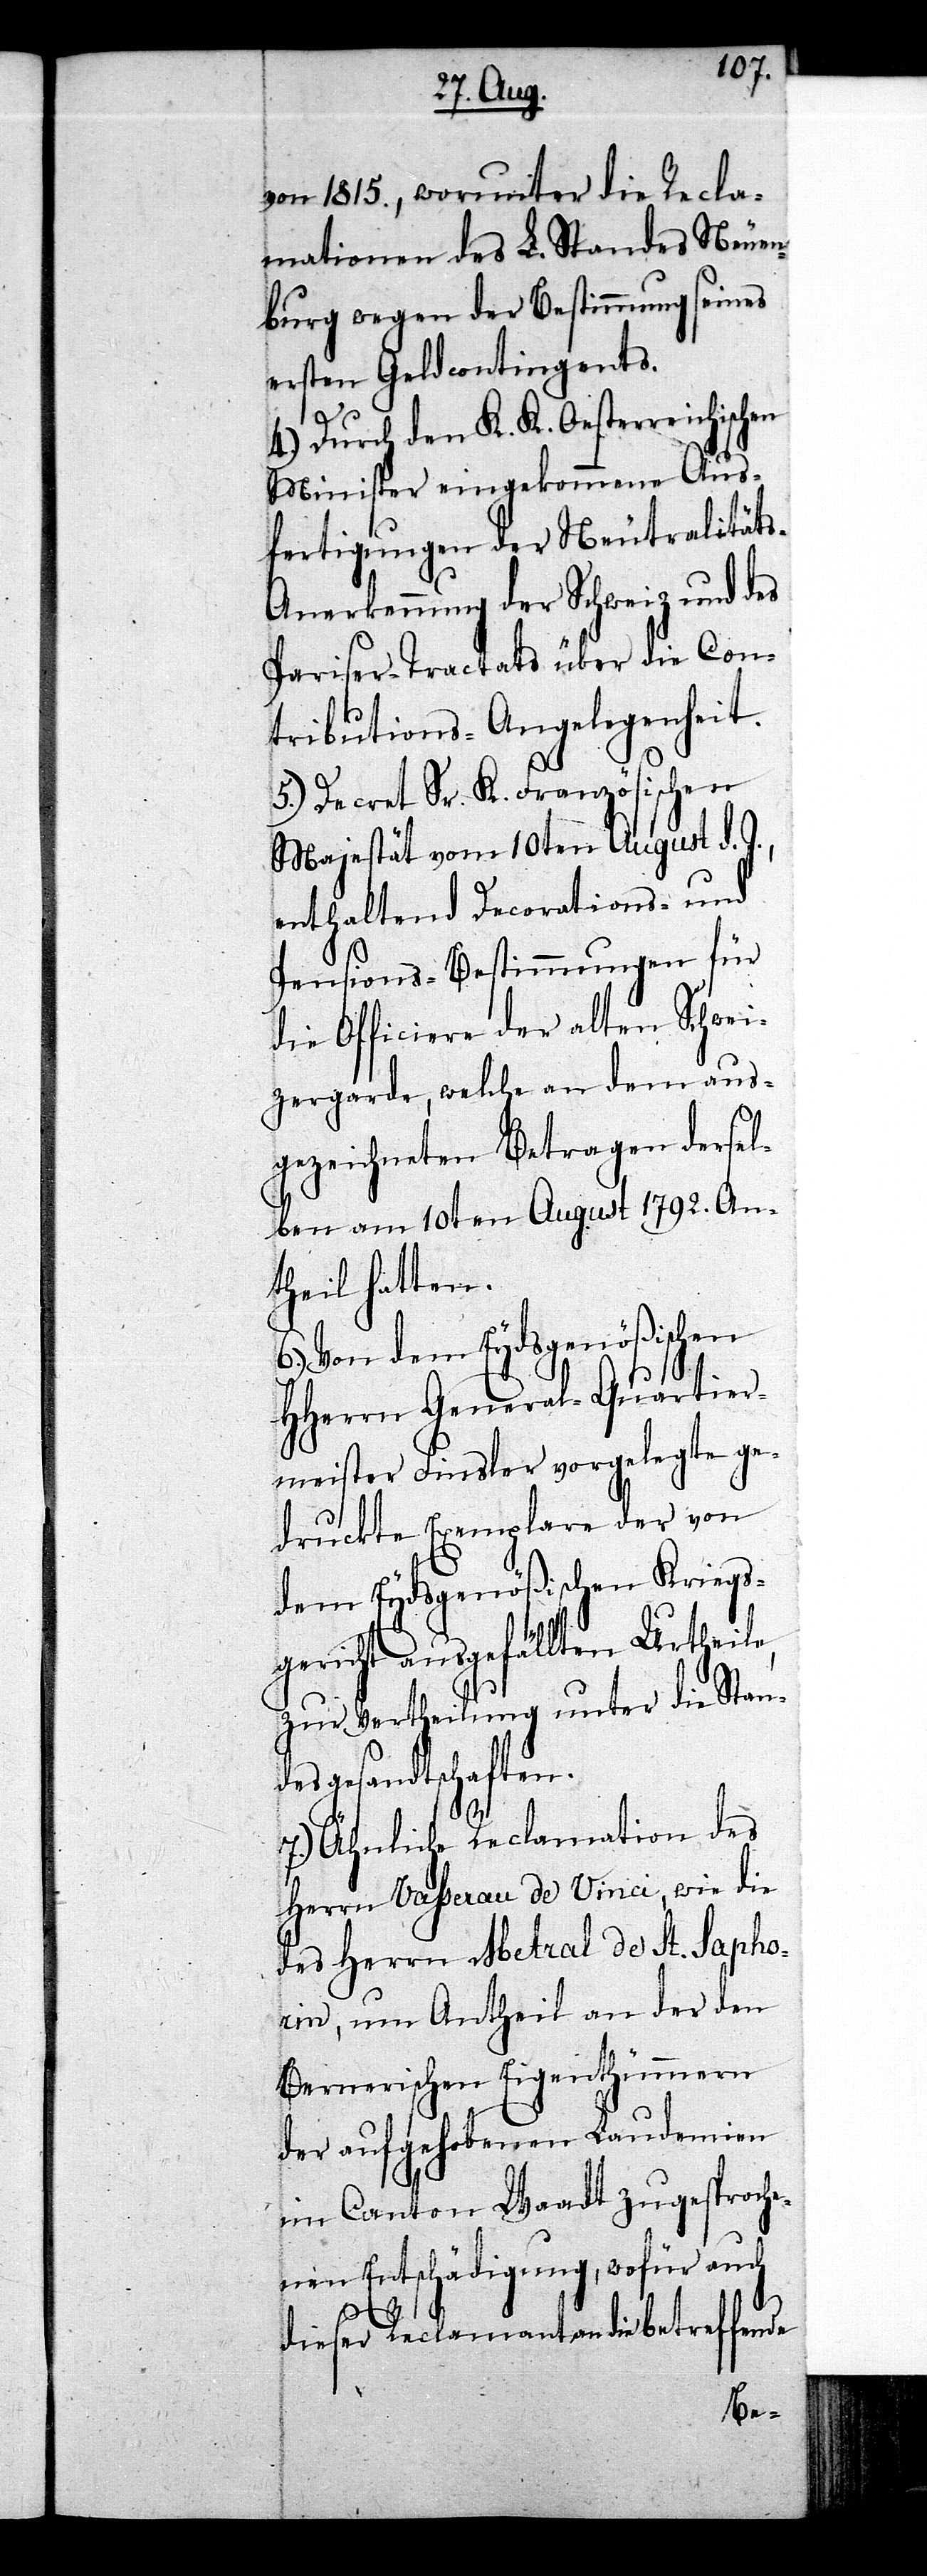
von 1815., worunter die Recla¬
mationen des L. Standes Neuen¬
burg wegen der Bestimmung seines
ersten Geldcontingents.
4.) Durch den K. K. Oesterreichischen
Minister eingekommene Aus¬
fertigungen der Neutralität¬
s-Anerkennung der Schweiz und des
Pariser-Tractats über die Con¬
tributions-Angelegenheit.
5.) Decret Sr. K. Französischen
Majestät vom 10ten August d.
enthaltend Decorations- und
Pensions-Bestimmungen für
die Officiere der alten Schwei¬
zergarde, welche an dem aus¬
gezeichneten Betragen dersel¬
ben am 10ten August 1792. An¬
theil hatten.
6.) Von dem Eydsgenößischen
HHerrn General-Quartier¬
meister Finsler vorgelegte ge¬
druckte Exemplare der von
dem Eydsgenößischen Kriegs¬
gericht ausgefällten Urtheile,
zur Vertheilung unter die Stan¬
desgesandtschaften.
7.) Ähnliche Reclamation des
Herrn Vasserau de Vinci, wie die
des Herrn Metral de St. Sapho¬
rin, um Antheil an der den
Bernerischen Eigenthümmern
der aufgehobenen Laudemien
im Canton Waadt zugesproche¬
nen Entschädigung, wofür auch
dieser Reclamant an die betreffende